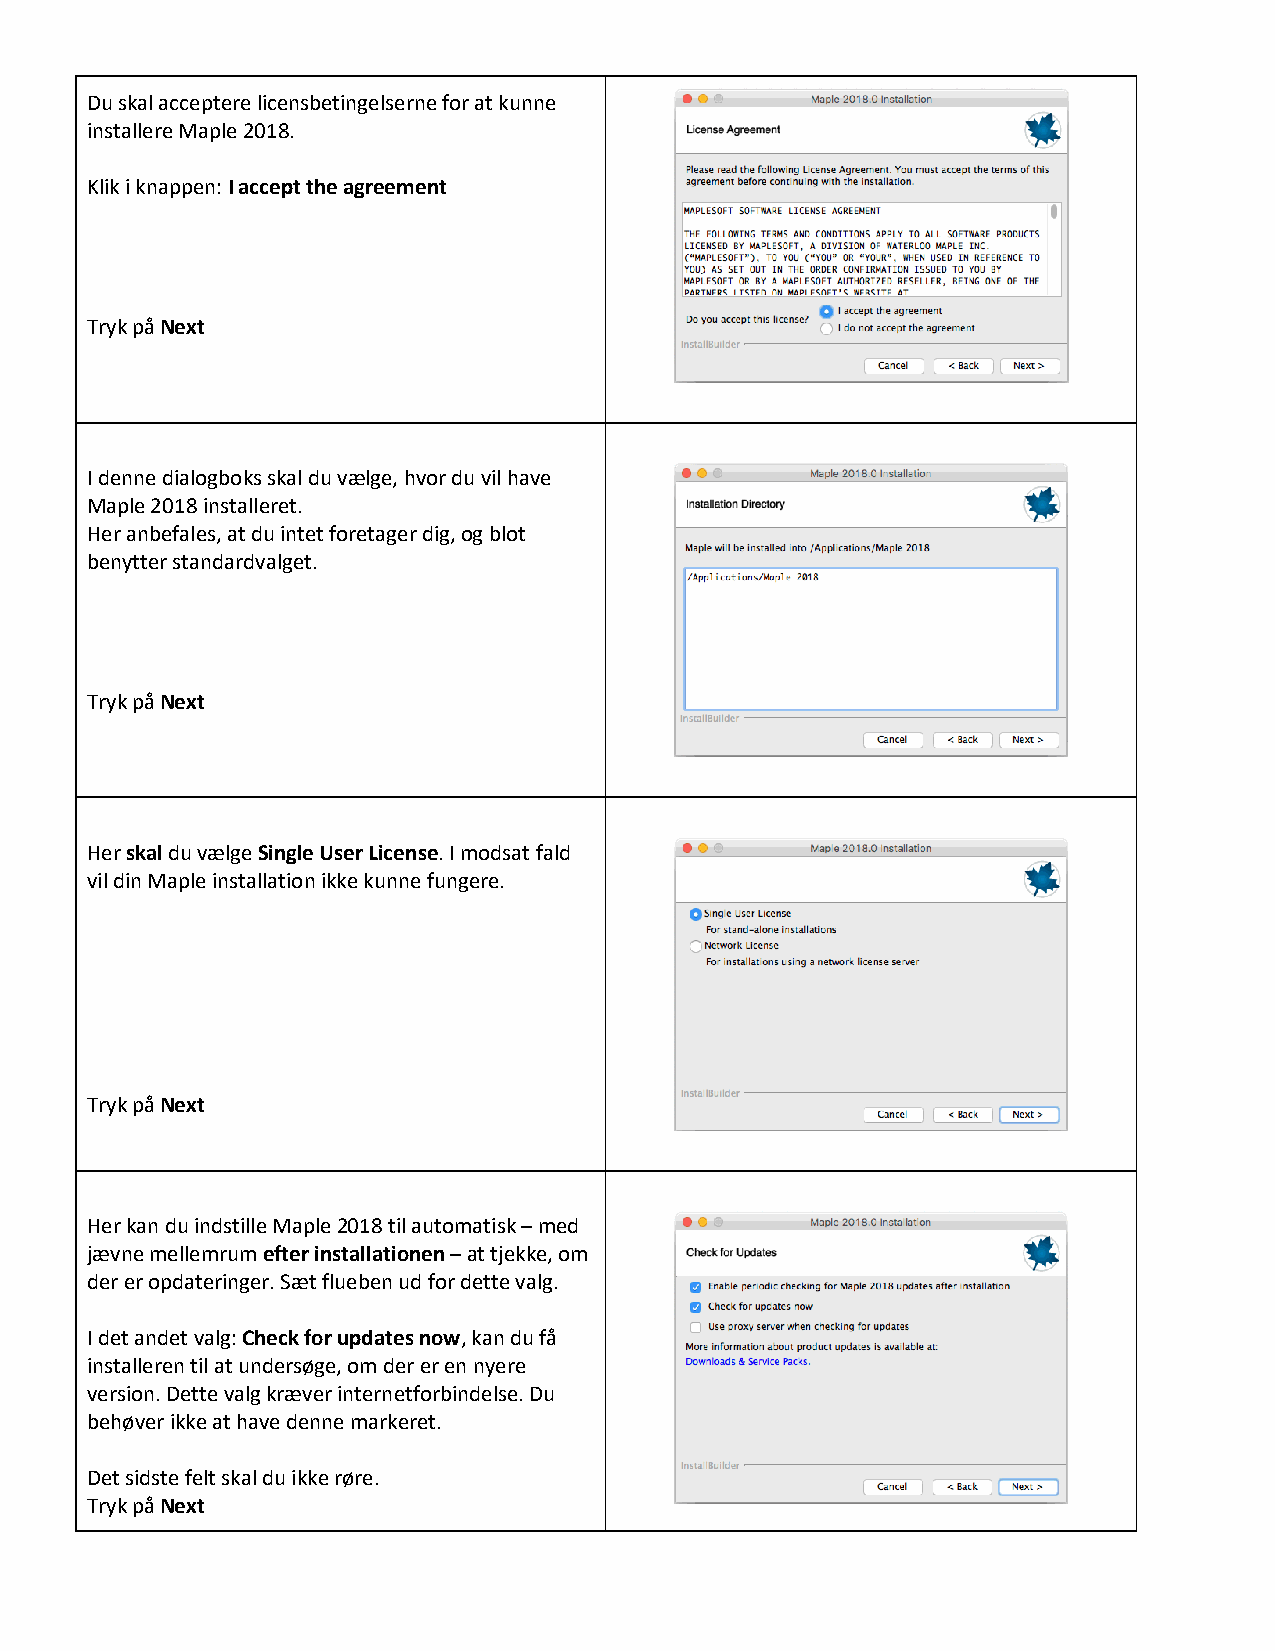
Du skal acceptere licensbetingelserne for at kunne
 installere Maple 2018.
 Klik i knappen: I accept the agreement
 Tryk på Next
 I denne dialogboks skal du vælge, hvor du vil have
 Maple 2018 installeret.
 Her anbefales, at du intet foretager dig, og blot
 benytter standardvalget.
 Tryk på Next
 Her skal du vælge Single User License. I modsat fald
 vil din Maple installation ikke kunne fungere.
 Tryk på Next
 Her kan du indstille Maple 2018 til automatisk – med
 jævne mellemrum efter installationen – at tjekke, om
 der er opdateringer. Sæt flueben ud for dette valg.
 I det andet valg: Check for updates now, kan du få
 installeren til at undersøge, om der er en nyere
 version. Dette valg kræver internetforbindelse. Du
 behøver ikke at have denne markeret.
 Det sidste felt skal du ikke røre.
 Tryk på Next